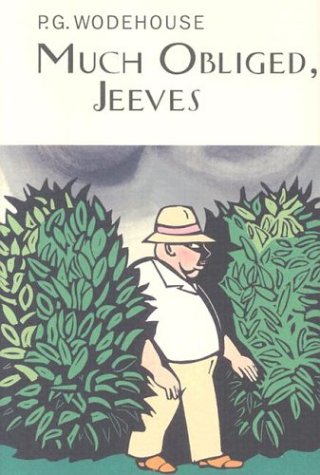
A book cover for Much Obliged, Jeeves; P.G. Wodehouse; Biographies & Memoirs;